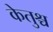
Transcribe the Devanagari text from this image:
केतुश्च